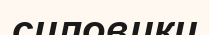
силовики